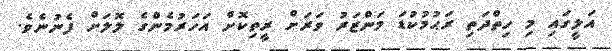
އަލީގައި މި ހިތްދަތި ރަޙުމުކުޑަ މަންޒަރު ވަރަށް ރީތިކޮށް އަހަރުމެންގެ ލޮލަށް ފެނުނެވެ.